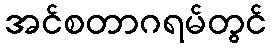
အင်စတာဂရမ်တွင်